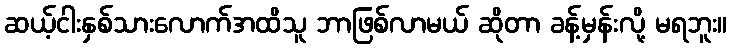
ဆယ့်ငါးနှစ်သားလောက်အထိသူ ဘာဖြစ်လာမယ် ဆိုတာ ခန့်မှန်းလို့ မရဘူး။